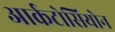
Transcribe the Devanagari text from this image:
आर्कटोसियोन